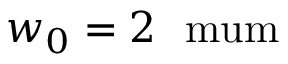
w _ { 0 } = 2 \ \mathrm { \ m u m }